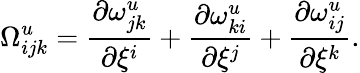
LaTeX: {\Omega}_{ijk}^{u}=\frac{{\partial}{\omega}_{jk}^{u}}{{\partial}{\xi}^{i}}+\frac{{\partial}{\omega}_{ki}^{u}}{{\partial}{\xi}^{j}}+\frac{{\partial}{\omega}_{ij}^{u}}{{\partial}{\xi}^{k}}.